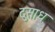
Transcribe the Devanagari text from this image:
दुसाध